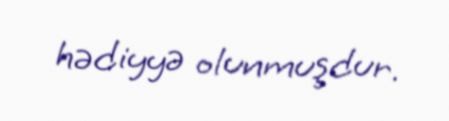
hədiyyə olunmuşdur.